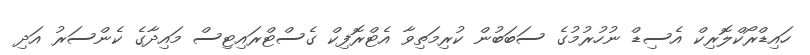
ހައިޑްރޯކްލޮރިކް އެސިޑް ނުހުރުމުގެ ސަބަބުން ކުރިމަތިވާ އެޓްރޮފިކް ގެސްޓްރައިޓިސް މައިދާގެ ކެންސަރު އަދި